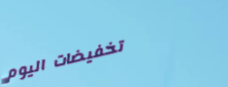
تخفيضات اليوم